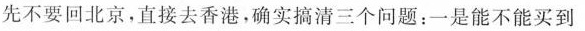
先不要回北京，直接去香港，确实搞清三个问题：一是能不能买到